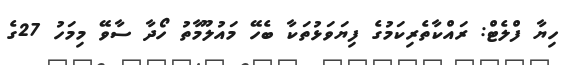
ހިޔާ ފްލެޓް: ރައްކާތެރިކަމުގެ ފިޔަވަޅުތަކާ ބެހޭ މައުލޫމާތު ހޯދާ ސާވޭ މިމަހު 27ގެ